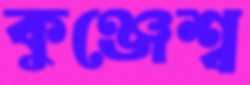
কুঞ্জেশ্ব